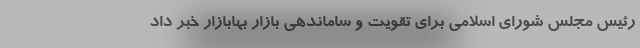
رئیس مجلس شورای اسلامی برای تقویت و ساماندهی بازار بهابازار خبر داد